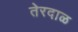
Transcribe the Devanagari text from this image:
तेरदाळ